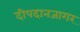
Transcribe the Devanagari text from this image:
दीपदानजागर